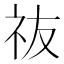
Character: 鿆